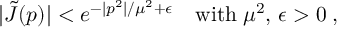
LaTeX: | \tilde { J } ( p ) | < e ^ { - | p ^ { 2 } | / \mu ^ { 2 } + \epsilon } \quad \mathrm { w i t h } \; \mu ^ { 2 } , \, \epsilon > 0 \; ,